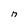
Character: n